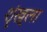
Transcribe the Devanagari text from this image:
शॄंख्ला